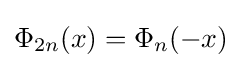
\Phi _{2n}(x)=\Phi _{n}(-x)\;